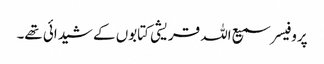
پروفیسر سمیع اللہ قریشی کتابوں کے شیدائی تھے۔